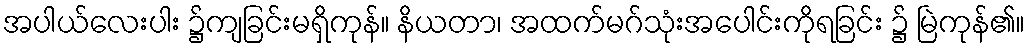
အပါယ်လေးပါး ၌ကျခြင်းမရှိကုန်။ နိယတာ၊ အထက်မဂ်သုံးအပေါင်းကိုရခြင်း ၌ မြဲကုန်၏။